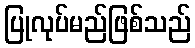
ပြုလုပ်မည်ဖြစ်သည်